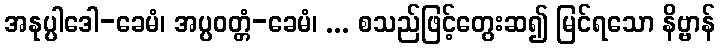
အနုပ္ပါဒေါ-ခေမံ၊ အပ္ပဝတ္တံ-ခေမံ၊ ... စသည်ဖြင့်တွေးဆ၍ မြင်ရသော နိဗ္ဗာန်